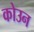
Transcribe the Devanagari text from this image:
कोउन